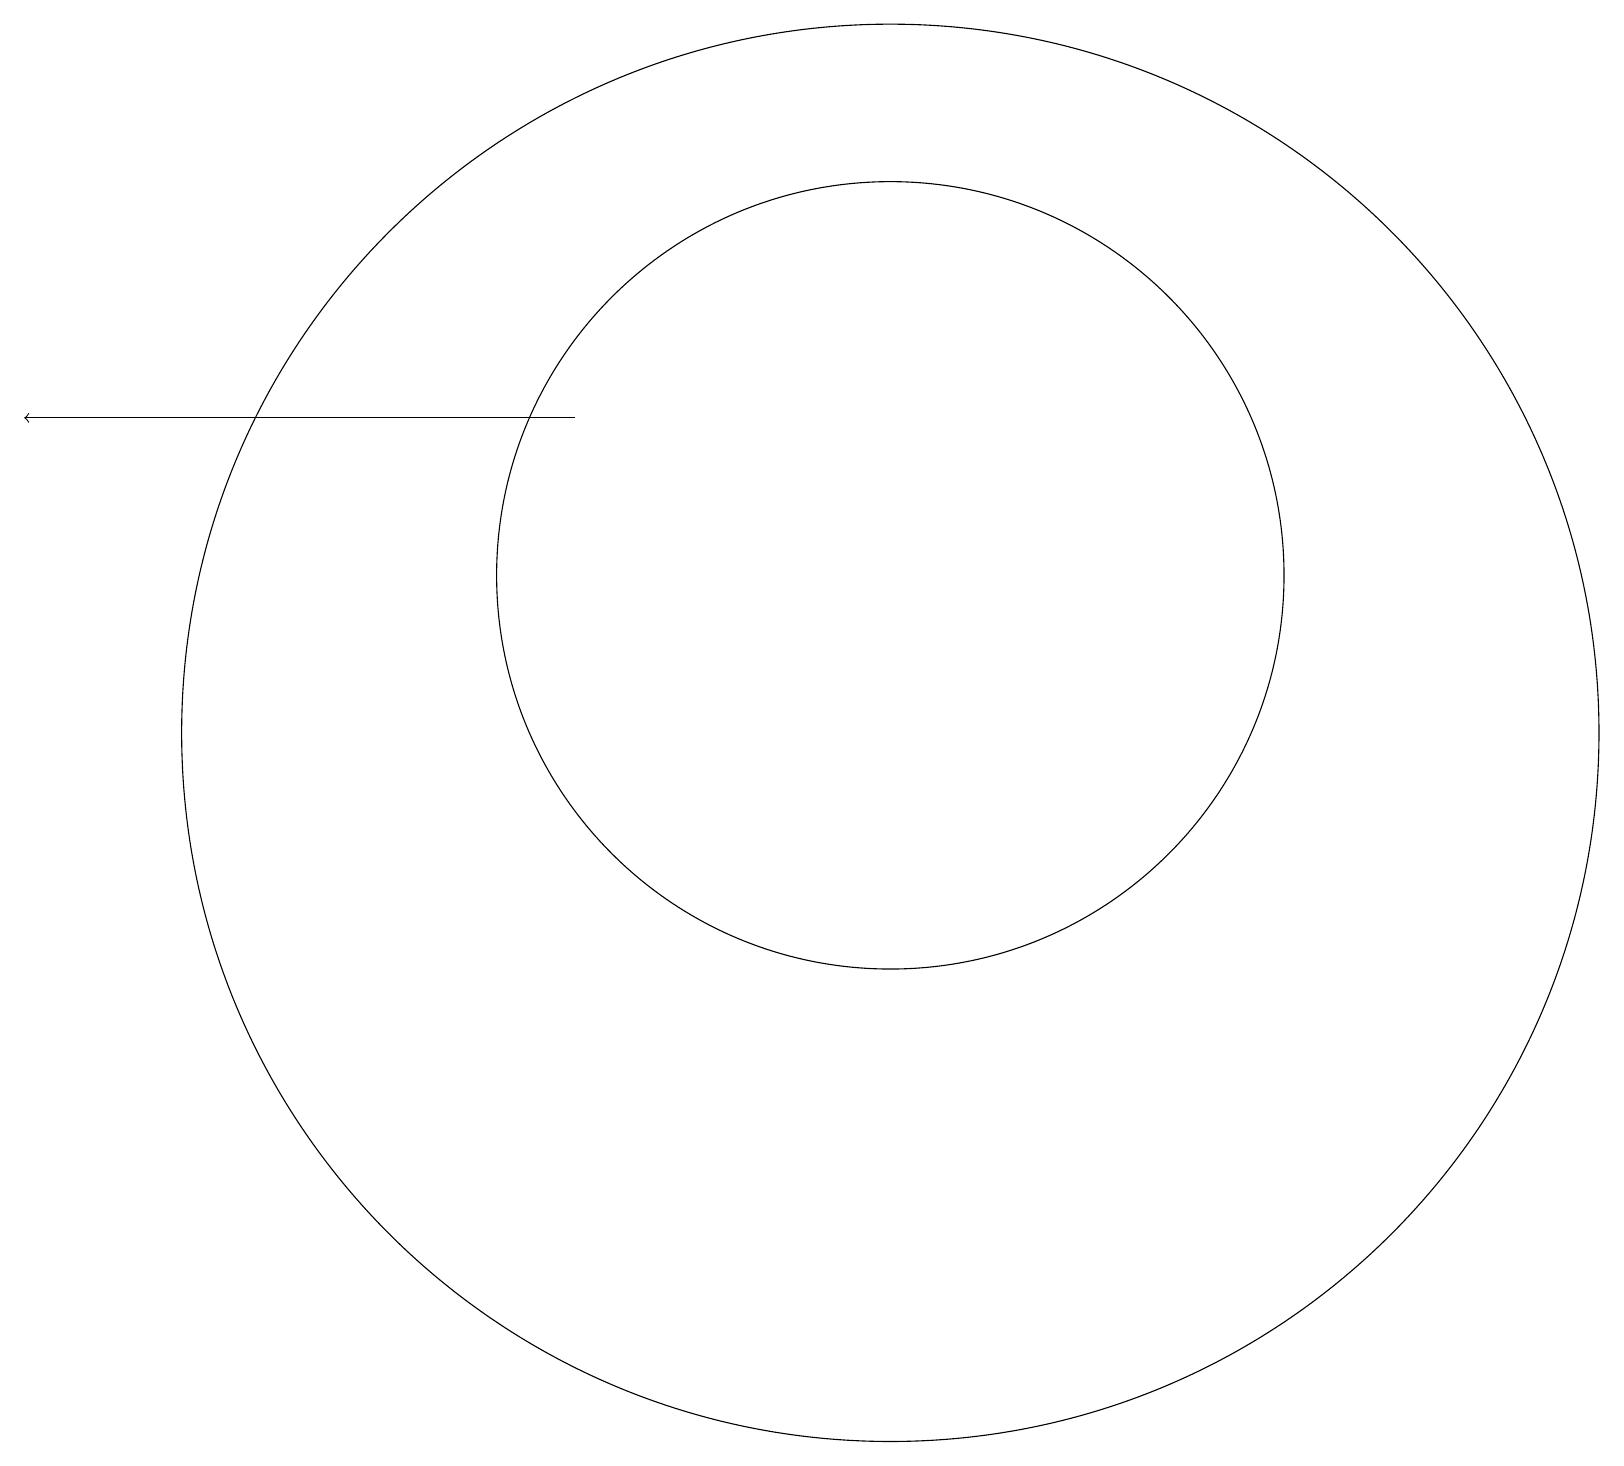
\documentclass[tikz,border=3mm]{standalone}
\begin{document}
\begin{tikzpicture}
\draw (11,12) circle (5);
\draw[->] (7,14) -- (0,14);
\draw (11,10) circle (9);
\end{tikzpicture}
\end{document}